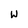
Character: W